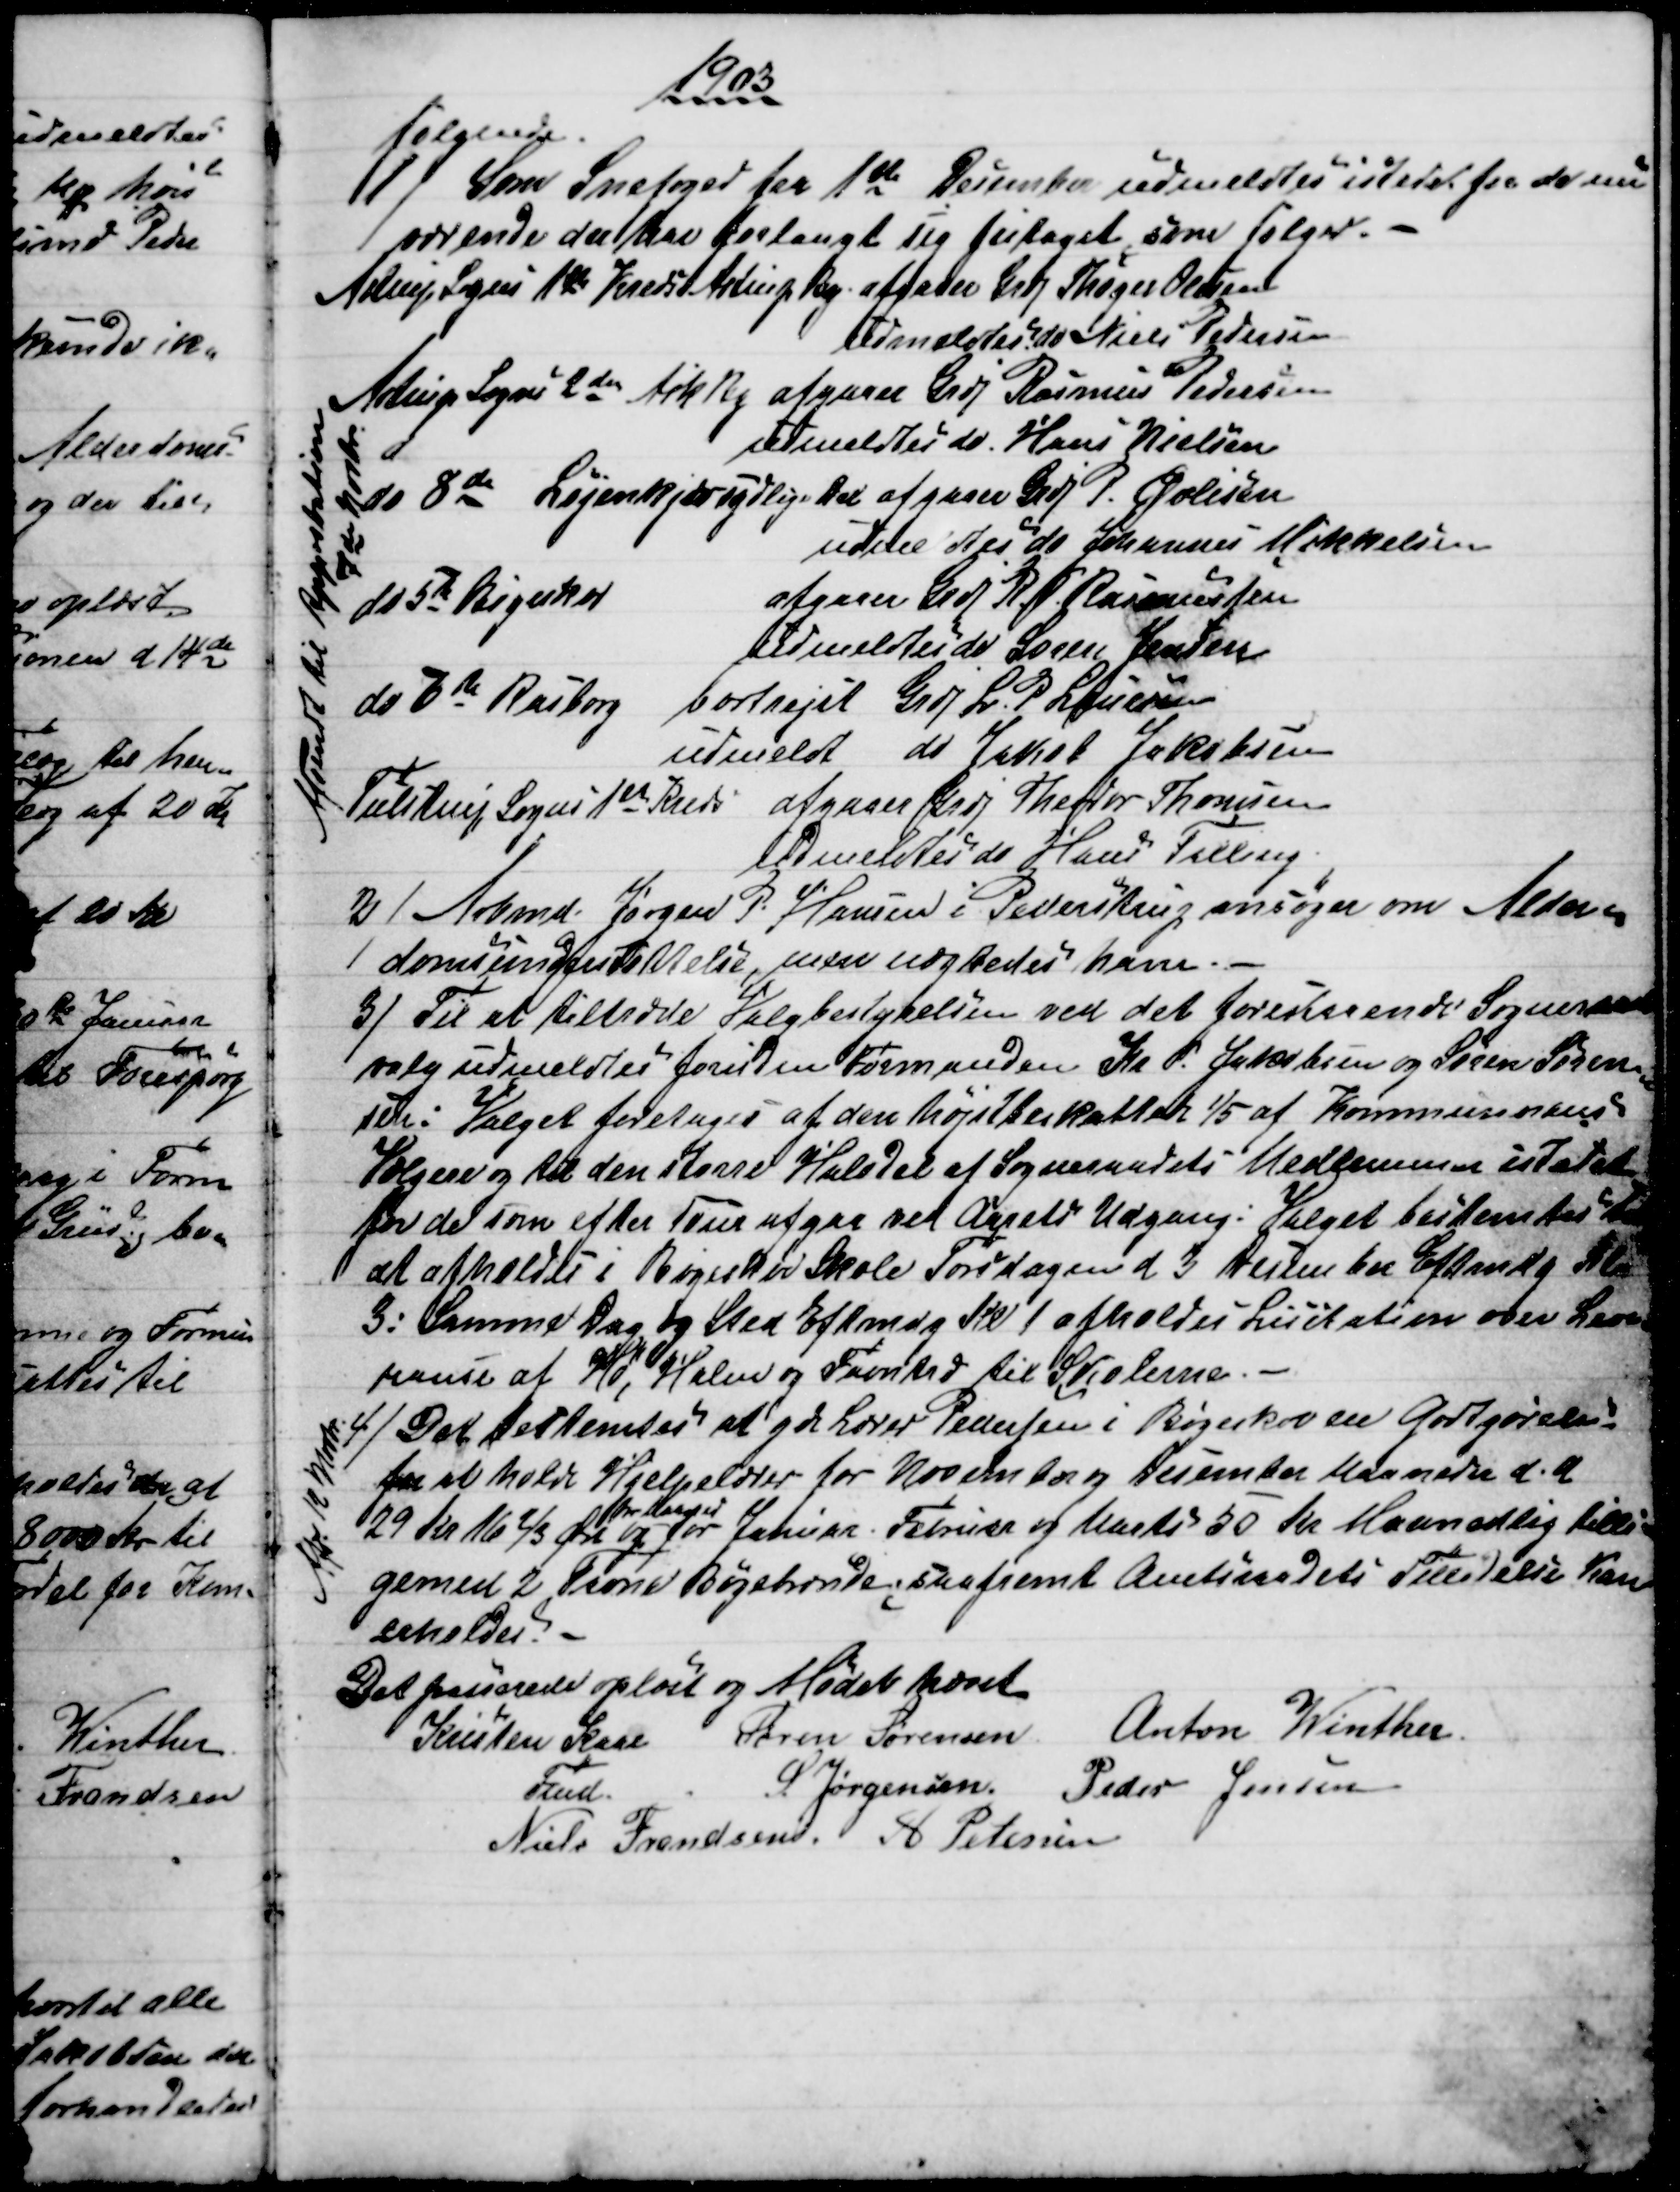
Transskription:
1903
følgende.
1) 
Som Snefoged fra 1ste December udmeldtes istedet for de nu-
værende der har forlangt sig fritaget som følger.
Astrup Sogns 1ste Kreds Astrup By afgaaer Grdj Thøger Olsen
udmeldtes do Niels Pedersen
Astrup Sogns 2den Ask By afgaaer Grdj Rasmus Pedersen
udmeldtes do Hans Nielsen
do 8de Løjenkjær sydlige Del afgaaer Grdj P. Øvlisen
udmeldtes do  Johannes Mikkelsen
do 5te Bøgeskov
afgaaer Grdj R P Rasmussen
udmeldtes do Søren Jensen
do 6te Rasborg bortrejst Grdj L. P. Laursen
udmeldt do Jakob Jakobsen
Tulstrup Sogns 1st Kreds afgaaer Grdj Theodor Thomsen
udmeldtes do Hans Falling
Afsendt til Approbation
7de Novbr
2)
Arbmd. Jørgen P. Hansen i Pederstrup ansøger om Alder=
domsunderstøttelse, men nægtedes ham.
3) 
Til at tiltræde Valgbestyrelsen ved det forestaaende Sogneraads-
valg udmeldtes foruden Formanden Kr. P. Jakobsen og Søren Søren
=
sen: Valget foretages at den højstbeskattede 1/5 af Kommunerens
Vælgere og til den større Halvdel af Sogneraadets Medlemmer istedet
for de som efter Tour afgaa ved Aarets Udgang: Valget bestemtes til
at afholdes i Bøgeskov Skole Torsdagen d. 3 December Eftmdg Kl 
3: Samme Dag og Sted Eftmdg Kl 1 afholdes Licitation over Leve=
rance af Hø, Halm og Favntræ til Skolerne. 
4)
Det bestemtes at yde Lærer Pedersen i Bøgeskov en Godtgørelse
for at holde Hjelpelærer for November og December Maaneder d. A
29 Kr 16 2/3 Øre 
pr Maaned
og for Januar. Februar og Marts 50 Kr Maanedlig tilli=
gemed 2 Favne Bøgebrænde; saafremt Amtsraadets Tilladelse kan 
erholdes.
Afs. 12 Novbr.
Det passerede oplæst og Mødet hævet
Kristen Kaae
Fmd.
Søren Sørensen 
Anton Winther
S Jørgensen.
Peder Jensen
Niels Frandsen. A. Petersen